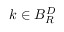
k \in B _ { R } ^ { D }